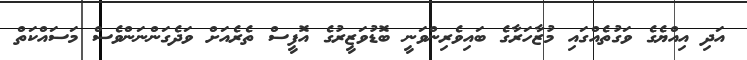
އަދި އިއްޔެގެ ވަގުތެއްގައި މުޒާހަރާގެ ބައިވެރިންވަނީ ބޮޑުވަޒީރުގެ އޮފީސް ތެރެއަށް ވަދެގަންނަންވެސް މަސައްކަތް